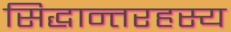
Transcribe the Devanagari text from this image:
सिद्धान्तरहस्य